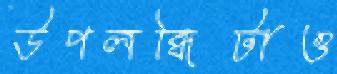
উপলব্ধিটাও